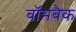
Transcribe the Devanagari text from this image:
बॉमबैक